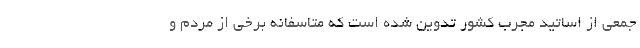
جمعی از اساتید مجرب کشور تدوین شده است که متاسفانه برخی از مردم و